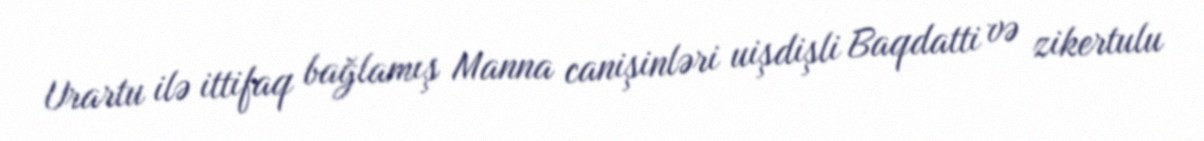
Urartu ilə ittifaq bağlamış Manna canişinləri uişdişli Baqdatti və zikertulu